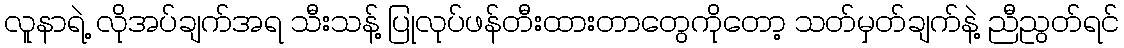
လူနာရဲ့ လိုအပ်ချက်အရ သီးသန့် ပြုလုပ်ဖန်တီးထားတာတွေကိုတော့ သတ်မှတ်ချက်နဲ့ ညီညွတ်ရင်